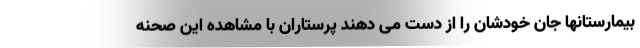
بیمارستانها جان خودشان را از دست می دهند پرستاران با مشاهده این صحنه